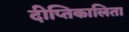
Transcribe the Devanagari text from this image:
दीप्तिकालिता